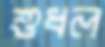
শুধল